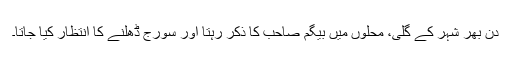
دن بھر شہر کے گلی، محلوں میں بیگم صاحب کا ذکر رہتا اور سورج ڈھلنے کا انتظار کیا جاتا۔